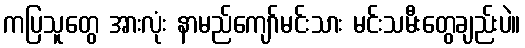
ကပြသူတွေ အားလုံး နာမည်ကျော်မင်းသား မင်းသမီးတွေချည်းပဲ။